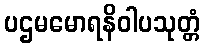
ပဌမမောရနိဝါပသုတ္တံ